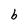
Character: b